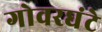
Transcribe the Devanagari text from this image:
गोवरघंटे